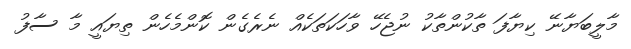
މާލީބަޔާނޭ ކިޔާފަ ތާކުންތާކު ނުޖެހޭ ވާހަކަތަކެއް ނެރެގެން ކޮންމެހެން ތިޔައީ މާ ސާފު